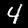
Digit: 4